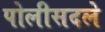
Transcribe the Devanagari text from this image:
पोलीसदले